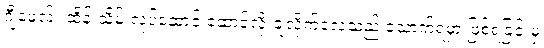
ဂျီမေလ်း ထိန်းသိမ်းလုပ်ဆောင် ဆောင့်လိုးချလိုက်လေသည် သောက်ရမှာ ဖြစ်ရခြင်းမှ